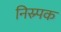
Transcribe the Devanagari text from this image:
निस्र्पक